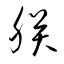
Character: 朕